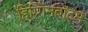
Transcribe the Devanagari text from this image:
हिग्गिनबॉटम